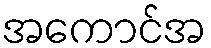
အကောင်အ